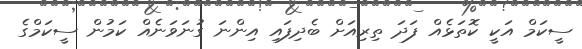
ސީކަމް އަކީ ކޮތަޅެއް ފަދަ ތިރިއަށް ބެދިފައި އިންނަ ގުނަވަނެއް ކަމުން ސީކަމްގެ